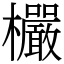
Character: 欕